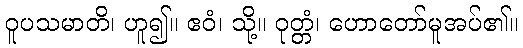
ဝူပသမာတိ၊ ဟူ၍။ ဧဝံ၊ သို့။ ဝုတ္တံ၊ ဟောတော်မူအပ်၏။